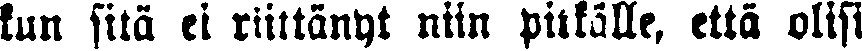
kun sitä ei riittänyt niin pitkälle, että olisi